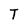
Character: T